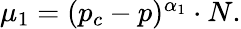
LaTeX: \begin{array}{r}{\mu_{1}=(p_{c}-p)^{\alpha_{1}}\cdot N.}\end{array}